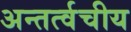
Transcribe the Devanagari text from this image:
अन्तर्त्वचीय